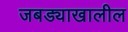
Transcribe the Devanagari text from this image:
जबड्याखालील